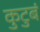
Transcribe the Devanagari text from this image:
कुटुबं